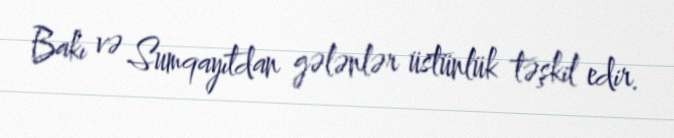
Bakı və Sumqayıtdan gələnlər üstünlük təşkil edir.